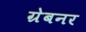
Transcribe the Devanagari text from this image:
ग्रेबनर